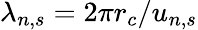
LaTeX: \lambda_{n,s}=2\pi r_{c}/u_{n,s}